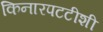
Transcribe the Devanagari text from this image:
किनारपटटीशी